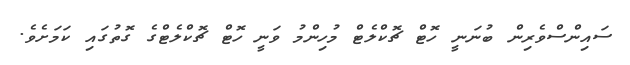
ސައިންސްވެރިން ބުނަނީ ހޮޓް ޗޮކްލެޓް މުހިންމު ވަނީ ހޮޓް ޗޮކްލެޓްގެ ގޮތުގައި ކަމަށެވެ.